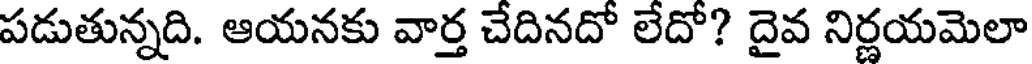
పడుతున్నది. ఆయనకు వార్త చేదినదో లేదో? దైవ నిర్ణయమెలా